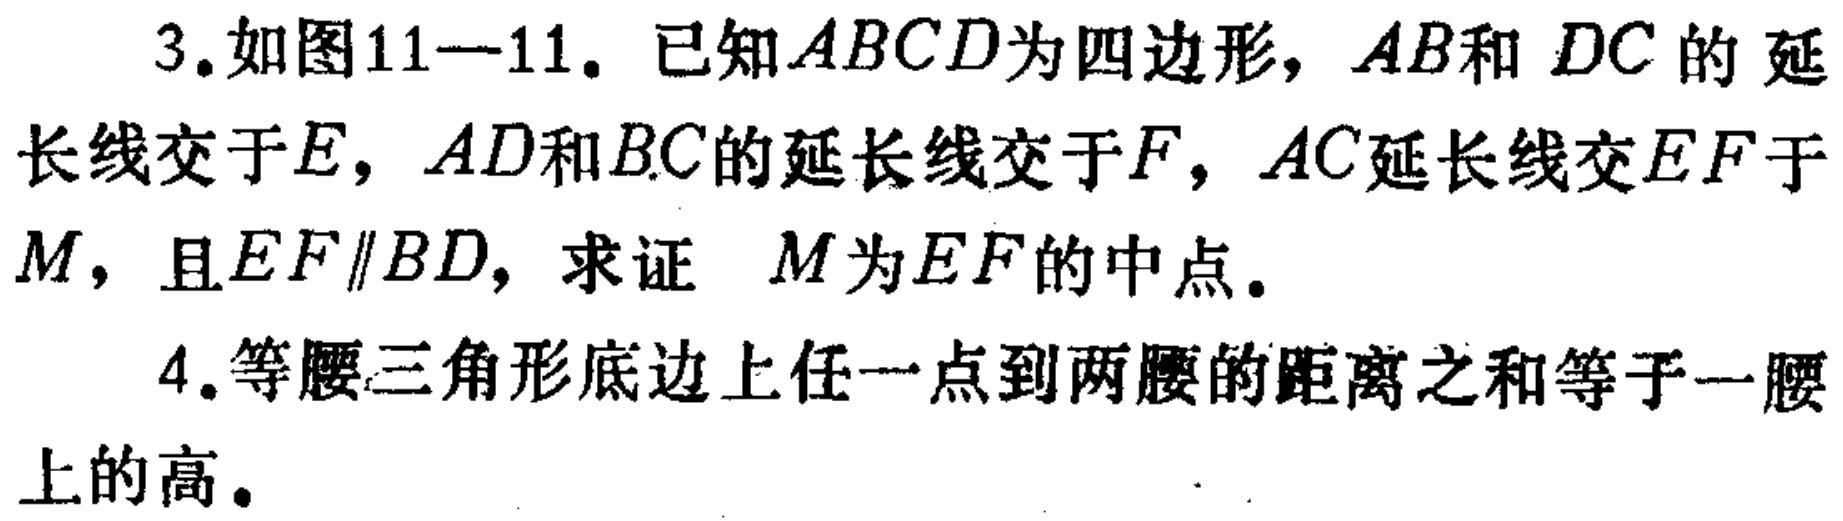
3. 如图11—11. 已知\(ABCD\)为四边形，\(AB\)和\(DC\)的延
长线交于\(E\)，\(AD\)和\(BC\)的延长线交于\(F\)，\(AC\)延长线交\(EF\)于
\(M\)，且\(EF\parallel BD\)，求证 \(M\)为\(EF\)的中点。
4. 等腰三角形底边上任一点到两腰的距离之和等于一腰
上的高。